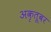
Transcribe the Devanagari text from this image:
अकृतूबर